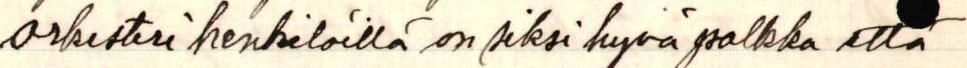
orkesteri henkilöillä on siksi hyvä palkka että